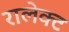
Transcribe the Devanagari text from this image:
रालेक्ट